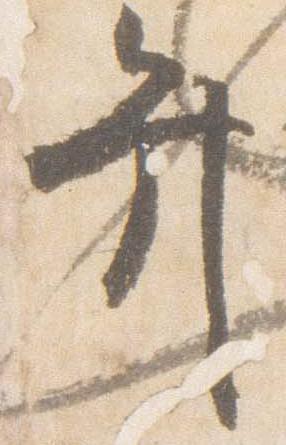
弁